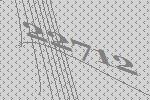
22712